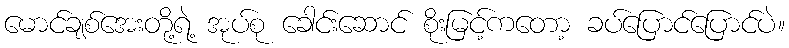
မောင်ချစ်အေးတို့ရဲ့ အုပ်စု ခေါင်းဆောင် စိုးမြင့်ကတော့ ခပ်ပြောင်ပြောင်ပဲ။